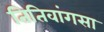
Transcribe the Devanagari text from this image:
तितिवांगसा